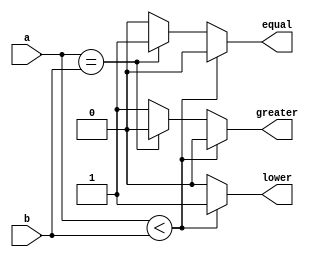
module comparator(a, b, equal, lower, greater);
/*
a > b -> greater
a < b -> lower
otherwise -> equal
*/
parameter SIZE = 32;
input[SIZE - 1 : 0] a;
input[SIZE - 1 : 0] b;
output reg equal, lower, greater;

always @* begin
    if (a < b) begin
        equal = 0;
        lower = 1;
        greater = 0;
    end
    else if (a == b) begin
        equal = 1;
        lower = 0;
        greater = 0;
    end
    else begin
        equal = 0;
        lower = 0;
        greater = 1;
    end
end

endmodule